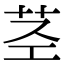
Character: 茎